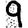
Digit: 9